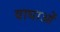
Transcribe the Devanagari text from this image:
वाधाओं